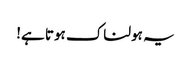
یہ ہولناک ہوتا ہے!